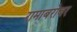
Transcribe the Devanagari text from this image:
रामाबरोबर